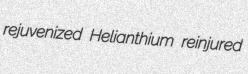
rejuvenized Helianthium reinjured